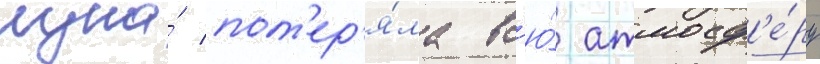
луна́ пот'ер'я́ла вс'ю́ атмосф'е́ру